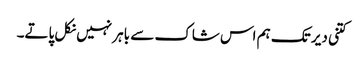
کتنی دیر تک ہم اس شاک سے باہر نہیں نکل پاتے۔